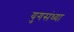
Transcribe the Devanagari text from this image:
युगसंध्या